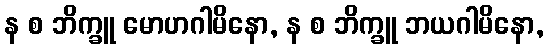
န စ ဘိက္ခူ မောဟဂါမိနော, န စ ဘိက္ခူ ဘယဂါမိနော,